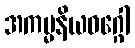
အကမ္မနိယဝဂ္ဂေါ